Tezpur Lunatic Asylum reports 1895-1904 - 1895-1904
Year: 1895
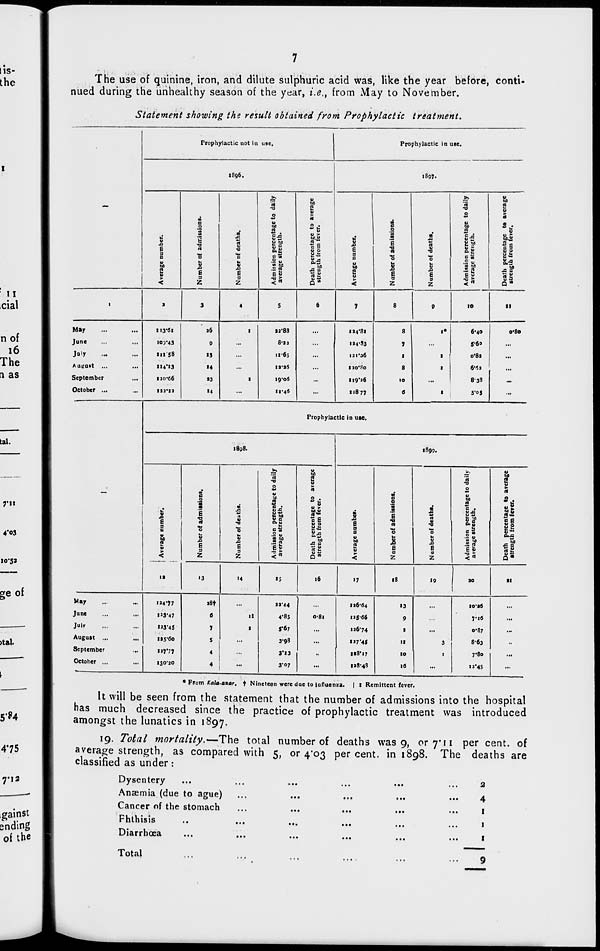
The use of quinine, iron, and dilute sulphuric acid was, like the year before, conti-
nued during the unheakhy season of the year, i.e., from May to November.
Statement showing the result obtained from Prophylactic treatment.
•
Prophylactic not In use.
Prophylactic in use.
1896.
1897.
0.
M
So
rt
~
-a
0
w
"9
O
8
si
a
B
•9
w
cm
rt
s-s
0 .
y
J
i s
t o
1
•0
J3
So
rt
1**5
D
E
5
a
•0
O BO
h
n
u
cE
-g
v 0
E
E
•9
rt
rt
■9
£9P
= 1
9
B
u
2 u
0
0
E
s
B
U
E
9
at
.2 v
.£ rt°
B V
■0 a
u
B
to
to
rt K
0
H ♦?
E
"0
b
£
E
9
"o
■a
E
9
B en
.2 0
w to
B 0
"9 3
SLi
XB 9
3S
<
Z
Z
< rt
D"
<
Z
Z
< rt
Q M
I
s
3
4
s
6
»
8
9
10
11
May
113-61
26
1
22-83
...
114*81
•
I*
6*40
o*8o
June
103-43
9
...
8-3 2
...
114*83
7
...
S-6»
...
July
in 58
13
...
11*65
...
111*36
1
I
0-82
...
AugUft ...
114*13
■4
...
13-aS
...
1 30*80
8
I
6*61
...
September
...
120-66
33
1
19-06
...
119*26
10
...
838
...
October ...
132*12
«4
...
11-46
...
11877
6
5*°S
...
Prophylactic in use.
1898.
1899.
kt
0
0
'3
■0
to
a
0
rt
•9
i
0
►
rt
B
O
1
0
3
0 JB
2- 0
a
0
.
u
to
rt
e
bt u
g
"u
0
.0
E
E
1
3
■9
H to
« B
rt«-
fa V 0
B
6
E
•9
rt
rt
V
"9
0 —
&9°
Si
a
a
V
bo
n
V
>
0
V
&
E
9
*3
u
£
E
9
Bw
.2 v
S M
.2 8
-1
£-2
J= C
9
B
U
60
2 11
0
y
E
9
O
■a
E
1
9
ui -0
.2 rt
E V
Si
Xi s
rtJi
<
z
z
<rt
Q«
<
Z
Z
< rt
Q"
IS
13
14
• 5
16
>7
18
19
SO
11
May
124-77
i8t
...
33-44
136-64
13
10*36
...
June
I'S-47
e
It
4*83
o-8i
125-66
9
...
7-16
...
Julv
"3-45
7
I
S'67
...
126*74
I
...
0*87
.„
August ...
125-60
5 1
3-98
...
l-'7*4<
11
3
8-63
..
September
...
137*77
4
3*13
„
118*17
10
1
7*8o
...
October ...
130-20
4 j
3-07
...
H8-43
16
...
13*45
• From Kala-azar. t Nineteen were due to influenza. | t Remittent fever.
It will be seen from the statement that the number of admissions into the hospital
has much decreased since the practice of prophylactic treatment was introduced
amongst the lunatics in 1897.
19. Total mortality.—The total number of deaths was 9, or 7'11 per cent, of
average strength, as compared with 5, or 4*03 per cent, in 1898. The deaths are
classified as under:
Dysentery
Anaemia (due to ague)
Cancer of the stomach
Fhthisis
Diarrhoea
Total
2
4
1
1
1
9